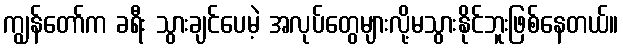
ကျွန်တော်က ခရီး သွားချင်ပေမဲ့ အလုပ်တွေများလို့မသွားနိုင်ဘူးဖြစ်နေတယ်။